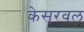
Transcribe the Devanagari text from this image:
केसरवल